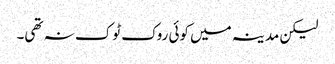
لیکن مدینہ میں کوئی روک ٹوک نہ تھی۔